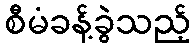
စီမံခန့်ခွဲသည့်